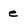
Character: e